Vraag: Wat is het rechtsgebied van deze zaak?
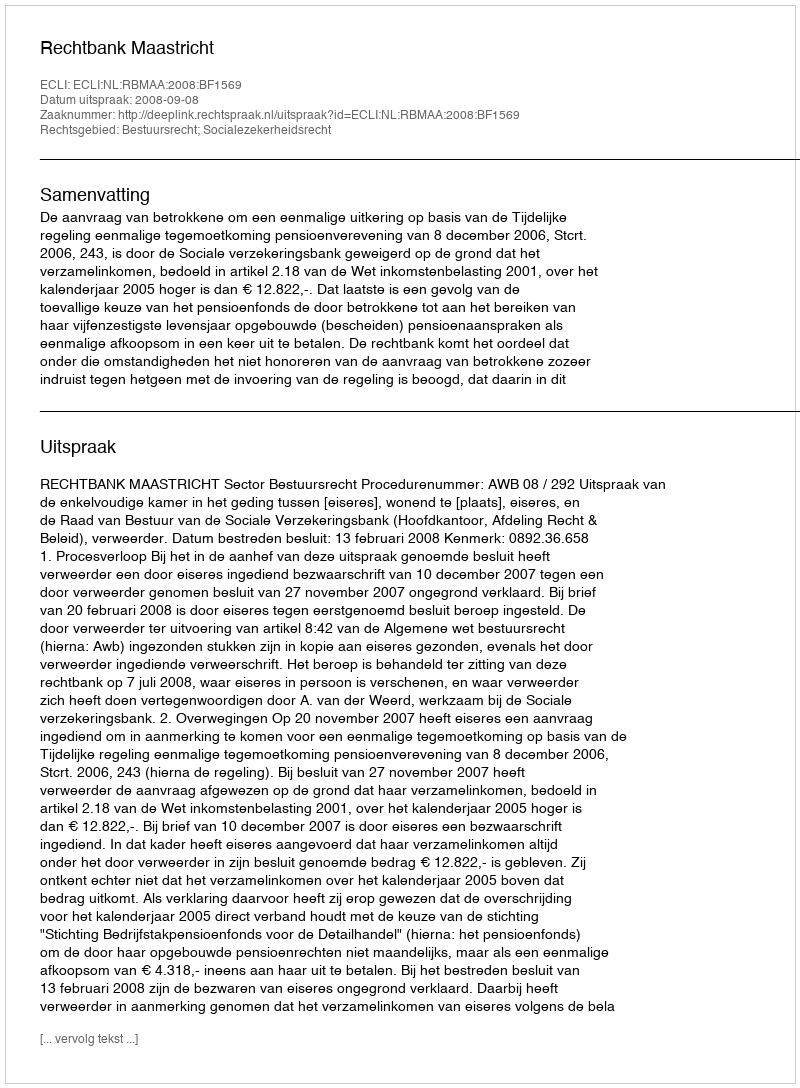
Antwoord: Bestuursrecht; Socialezekerheidsrecht